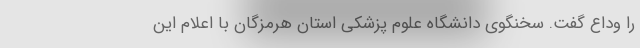
را وداع گفت. سخنگوی دانشگاه علوم پزشکی استان هرمزگان با اعلام این